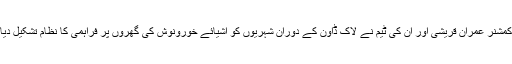
ڈپٹی کمشنر عمران قریشی اور ان کی ٹیم نے لاک ڈاؤن کے دوران شہریوں کو اشیائے خورونوش کی گھروں پر فراہمی کا نظام تشکیل دیا ہے ۔